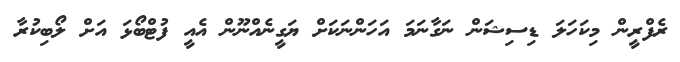
ރެފްރީން މިކަހަލަ ޑިސިޝަން ނަގާނަމަ އަހަންނަކަށް ޔަގީނެއްނޫން އެއީ ފުޓްބޯޅަ އަށް ލޯބިކުރާ